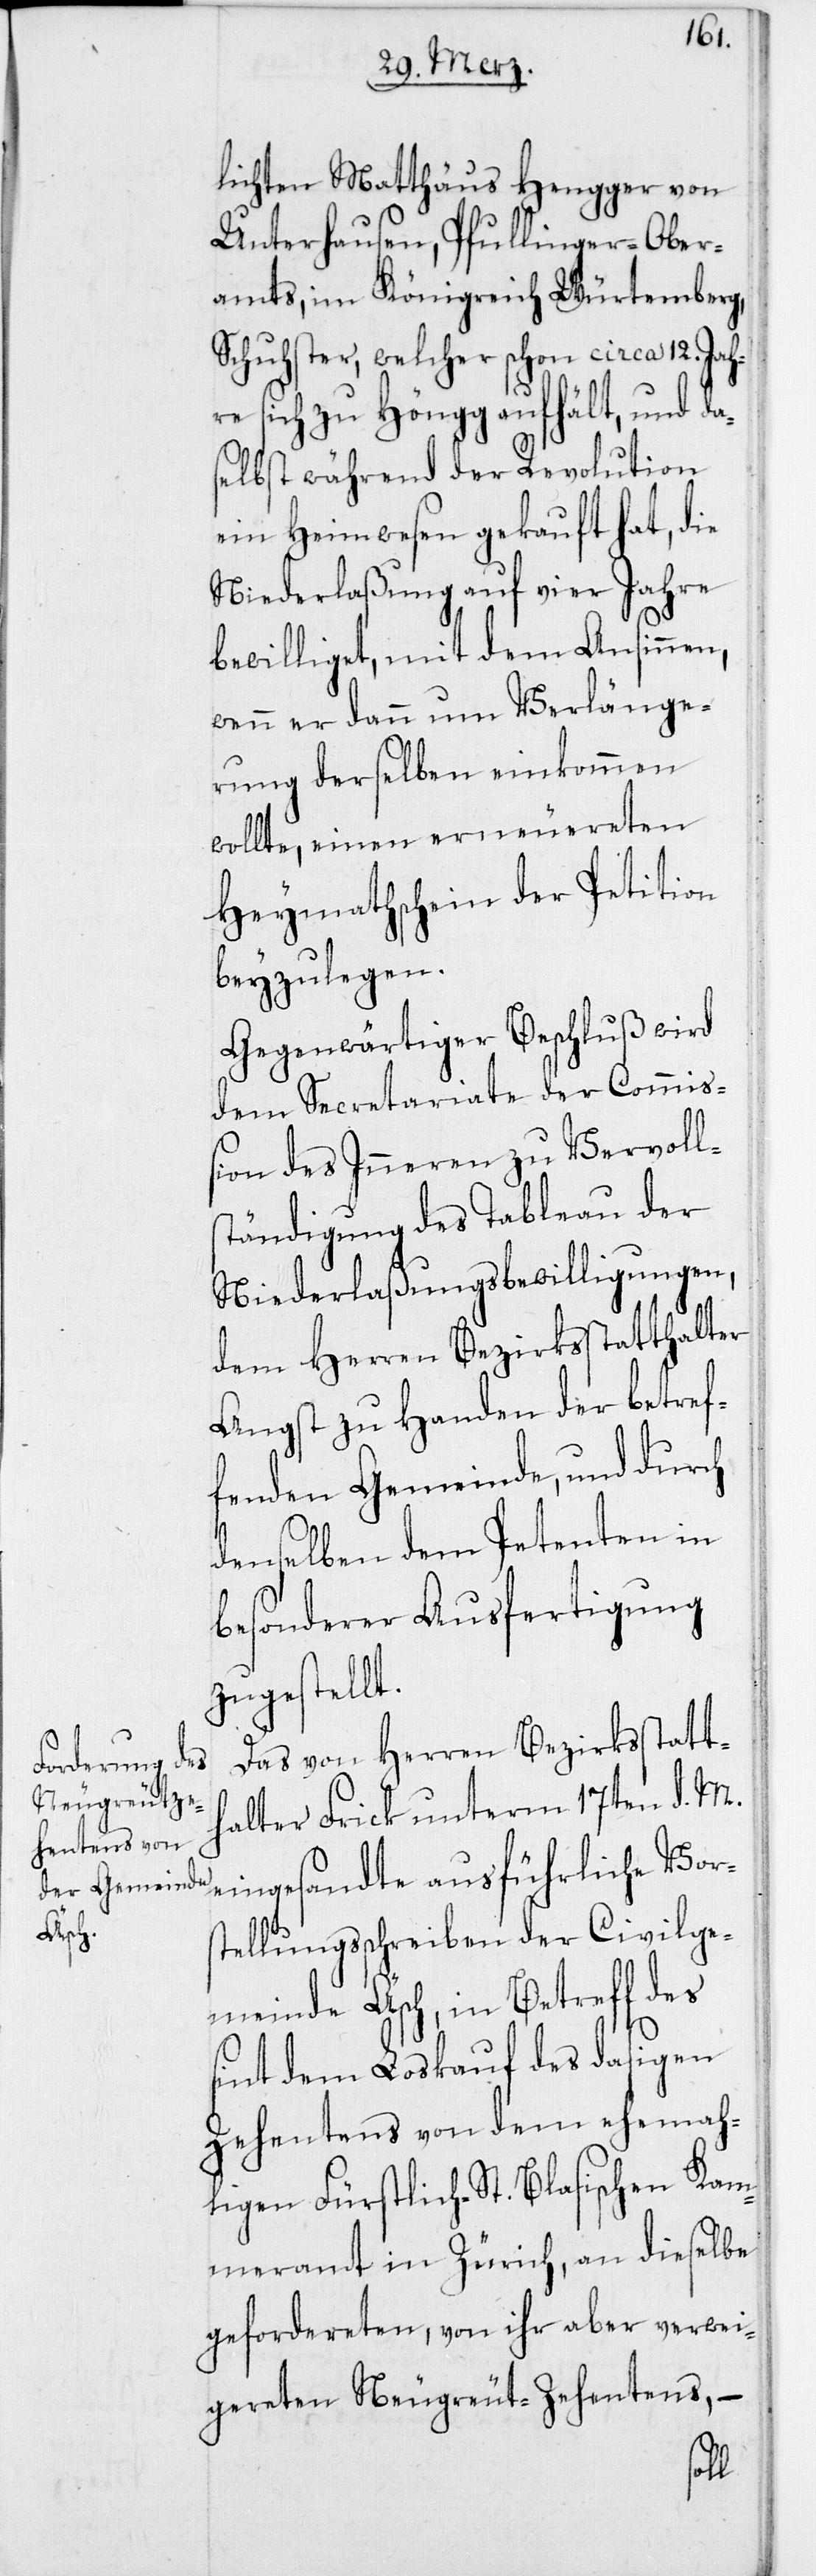
lichten Matthäus Hengger von
Unterhausen, Pfullinger-Ober¬
amts, im Königreich Würtemberg,
Schuster, welcher schon circa 12 Jahr¬
e sich zu Höngg aufhält, und
selbst während der Revolution
ein Heimwesen gekauft hat, die
Niederlaßung auf vier Jahre
bewilliget, mit dem Ansinnen,
wenn er dann um Verlänge¬
rung derselben einkommen
wollte, einen erneuereten
Heymathschein der Petition
beyzulegen.
Gegenwärtiger Beschluß wird
dem Secretariate der Commi¬
ßion des Inneren zu Vervoll¬
tändigung des Tableau der
Niederlaßungsbewilligungen,
dem Herren Bezirksstatthalter
Angst zu Handen der betref¬
fenden Gemeinde, und durch
denselben dem Petenten in
besonderer Ausfertigung
zugestellt.
Das von Herren Bezirksstatth¬
alter Frick unterm 17ten d. M.
eingesandte ausführliche Vor¬
stellungsschreiben der Civilge¬
meinde Äsch, in Betreff des
sint dem Loskauf des dasigen
Zehentens von dem ehemah¬
ligen Fürstlich-St.Blasischen Kam¬
meramt in Zürich, an dieselbe
gefordereten, von ihr aber verwei¬
gereten Neugreut-Zehentens, –
s¬